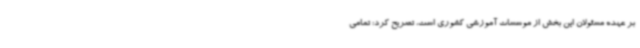
بر عهده مسئولان این بخش از موسسات آموزشی کشوری است، تصریح کرد: تمامی